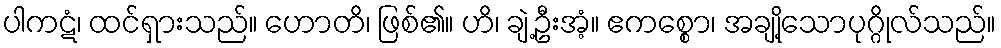
ပါကဋံ၊ ထင်ရှားသည်။ ဟောတိ၊ ဖြစ်၏။ ဟိ၊ ချဲ့ဦးအံ့။ ဧကစ္စော၊ အချို့သောပုဂ္ဂိုလ်သည်။